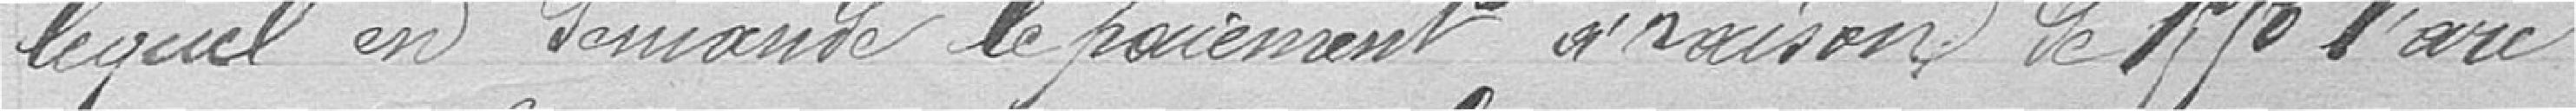
lequel en demande le paiement à raison de 1550 francs l'are.